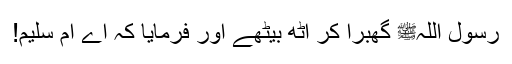
رسول اللہﷺ گھبرا کر اٹھ بیٹھے اور فرمایا کہ اے اُمّ سلیم!